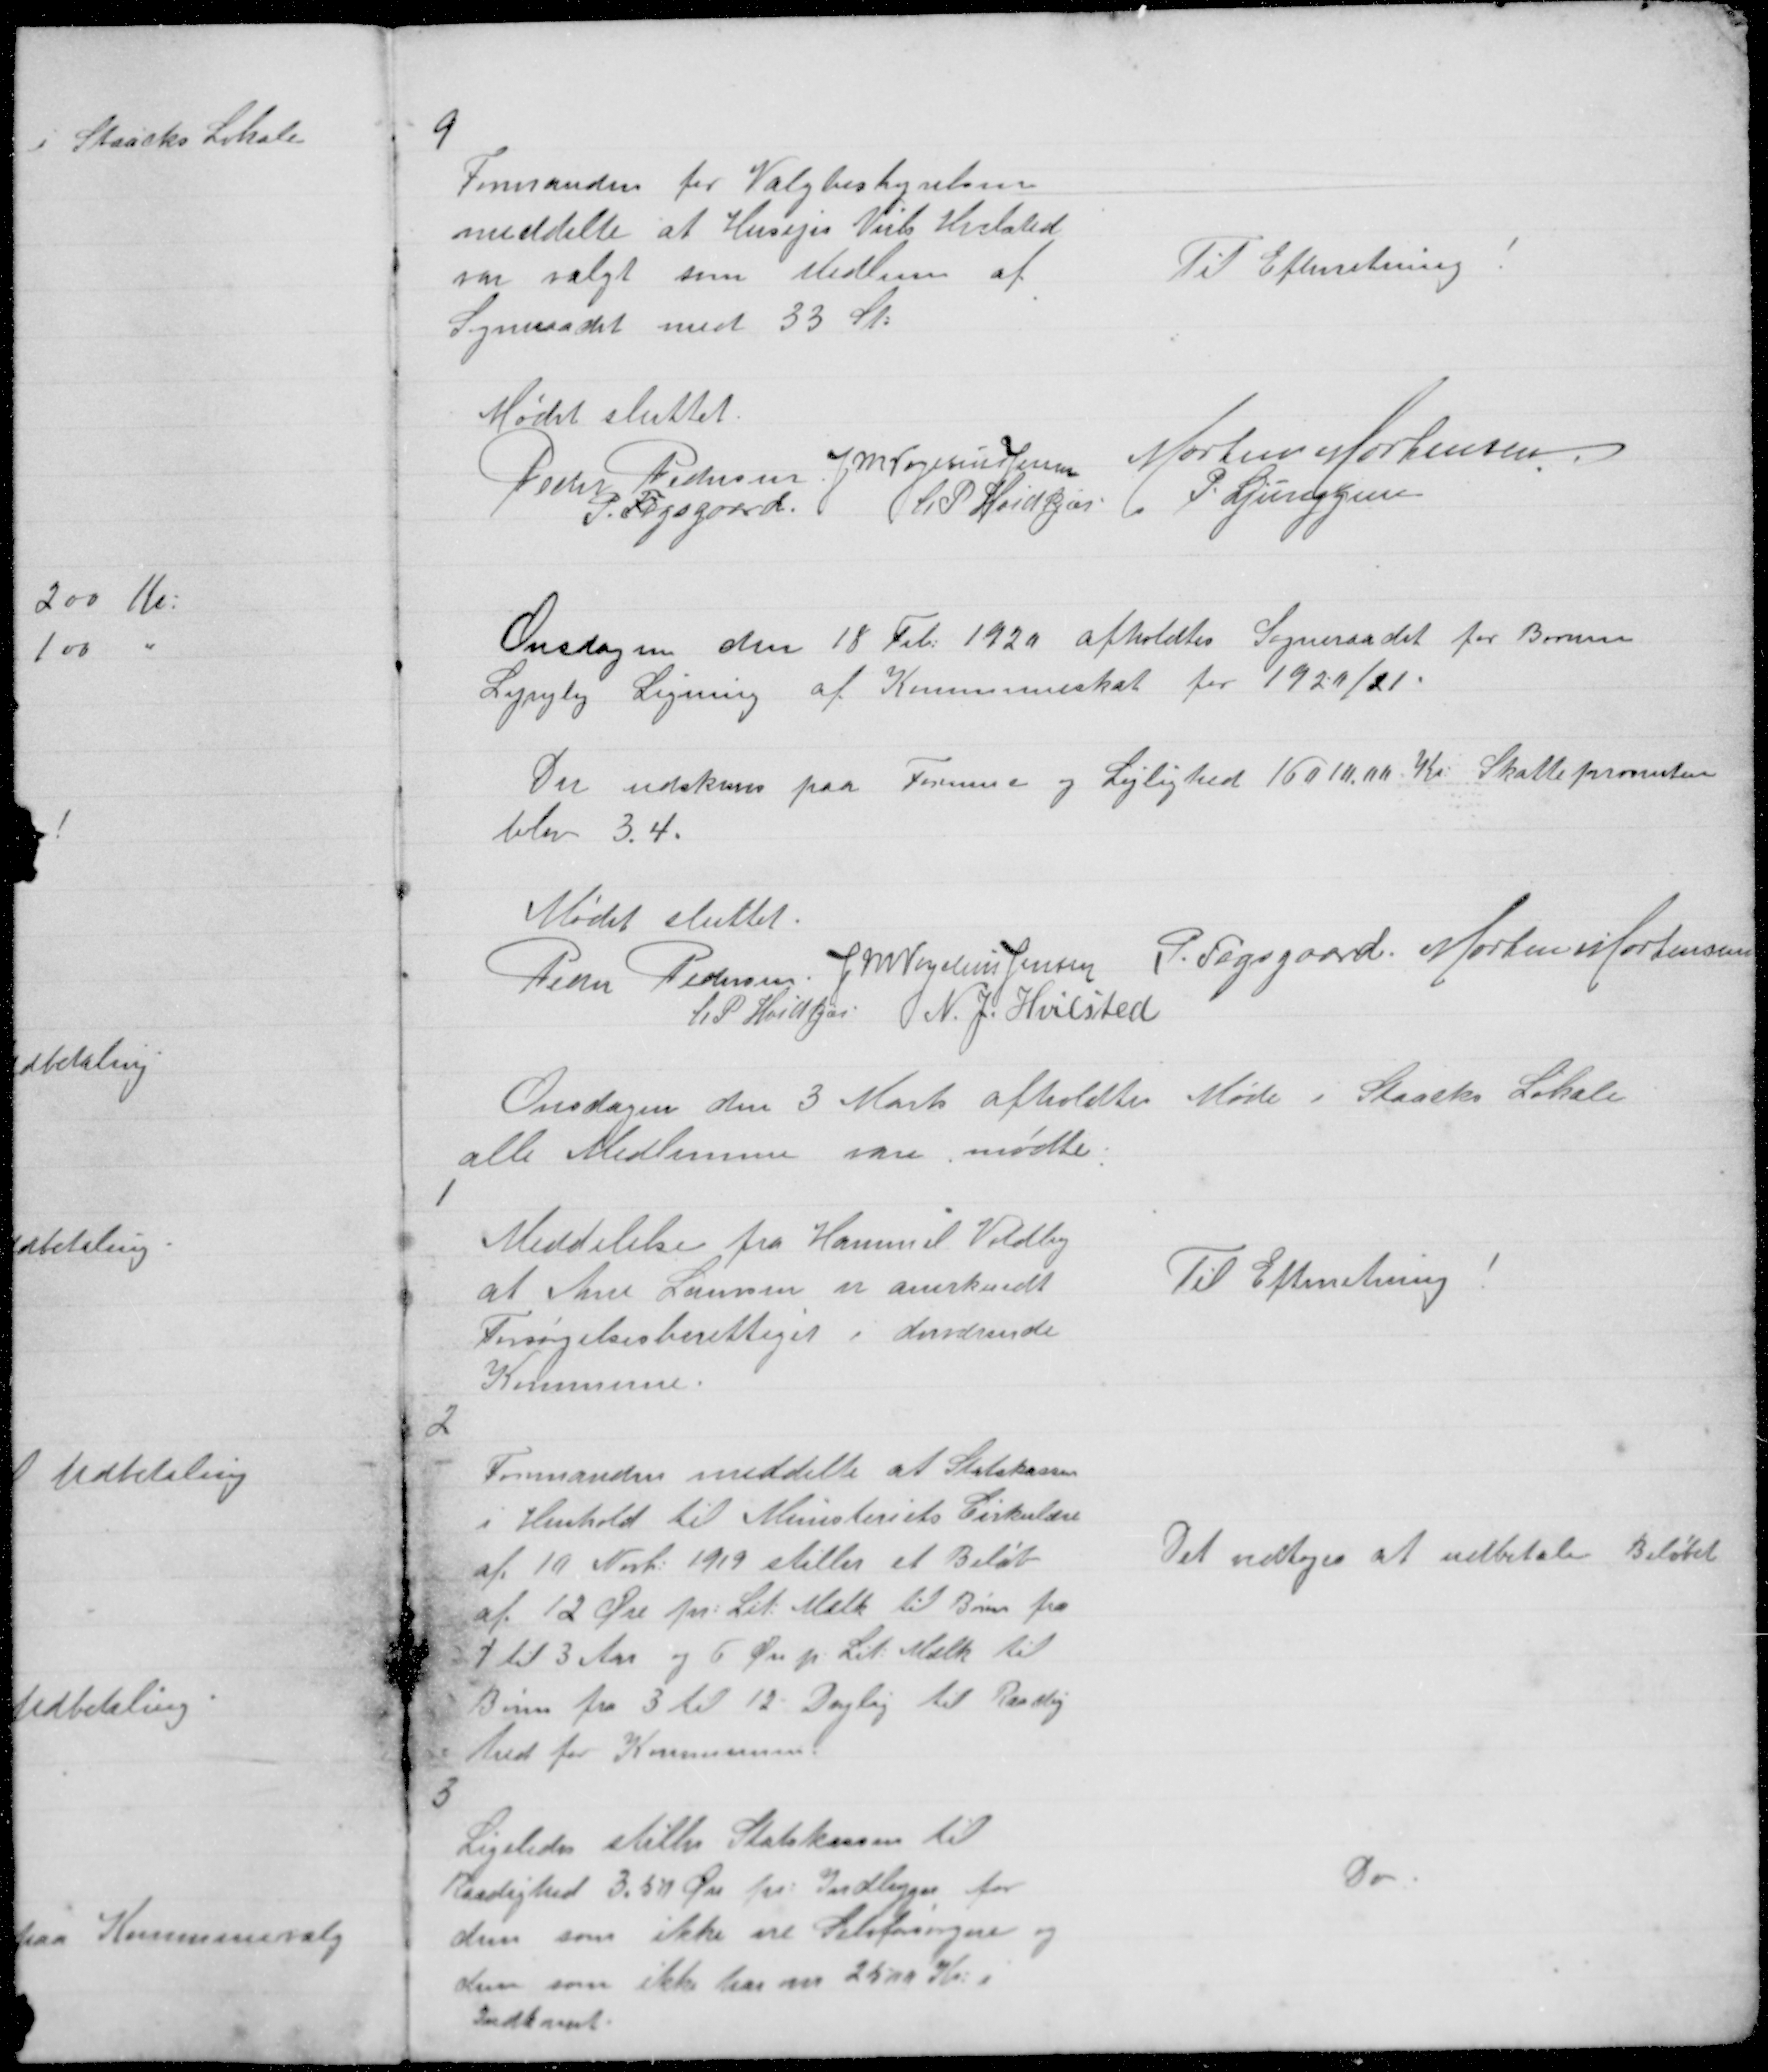
Transskription:
9

Formanden for Valgbestyrelsen
meddelte at Husejer Niels Hvilsted
var valgt som Medlem af
Sogneraadet med 33 St:

Til Efterretning !

Mødet sluttet.
Peder Pedersen J M Vogelius Jensen Morten Mortensen
P. Fogsgaard
L P Hvidkjær P. Ljunggren

Onsdagen den 18 Feb: 1920 afholdtes Sogneraadet for Borum
Lyngby Ligning af Kommuneskat for 1920/21.

Der udskrevs paa Formue og Lejlighed 16010.00 Kr: Skatteprocenten
blev 3.4.

Mødet sluttet
Peder Pedersen J M Vogelius Jensen P. Fogsggard Morten Mortensen
L. P. Hvidkjær N. J. Hvilsted

Onsdagen den 3 Marts afholdtes Møde i Staacks Lokale
alle Medlemme vare mødte.

1

Meddelelse fra Hammel Voldby
at Ane Laursen er anerkendt
Forsørgelsesberettiget i derværende
Kommune.

Til Efterretning !

2

Formanden meddelte at Statskassen
i Henhold til Ministeriets Cirkulære
af 10 Novb: 1919 stiller et Beløb
af 12 Øre pr: Lit: Mælk til Børn fra
1 til 3 Aar og 6 Øre p: Lit: Mælk til
Børn fra 3 til 12 Daglig til Raadig
hed for Kommunen

Det vedtoges at udbetale Beløbet

3

Ligeledes stiller Statskassen til
Raadighed 3.50 Øre pr: Indbygger for
dem som ikke ere Selvforsørgne og
dem som ikke har over 2500 Kr: i
Indkomst.

Do.